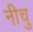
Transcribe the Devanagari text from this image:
नीचु